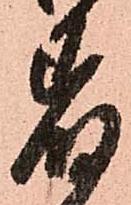
着